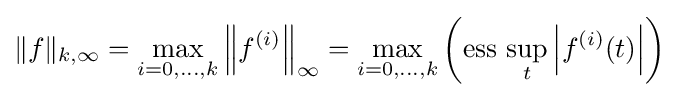
\|f\|_{k,\infty }=\max _{i=0,\ldots ,k}\left\|f^{(i)}\right\|_{\infty }=\max _{i=0,\ldots ,k}\left({\text{ess}}\,\sup _{t}\left|f^{(i)}(t)\right|\right)